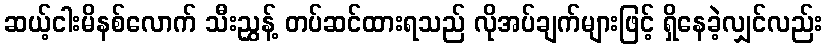
ဆယ့်ငါးမိနစ်လောက် သီးညွှန့် တပ်ဆင်ထားရသည် လိုအပ်ချက်များဖြင့် ရှိနေခဲ့လျှင်လည်း